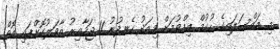
މި މައްސަލައިގެ ހުކުމް އިއްވުމަށް މިއަދު ހެނދުނު 11 ޖަހާއިރު ތާވަލުކޮށްފައި އޮތް